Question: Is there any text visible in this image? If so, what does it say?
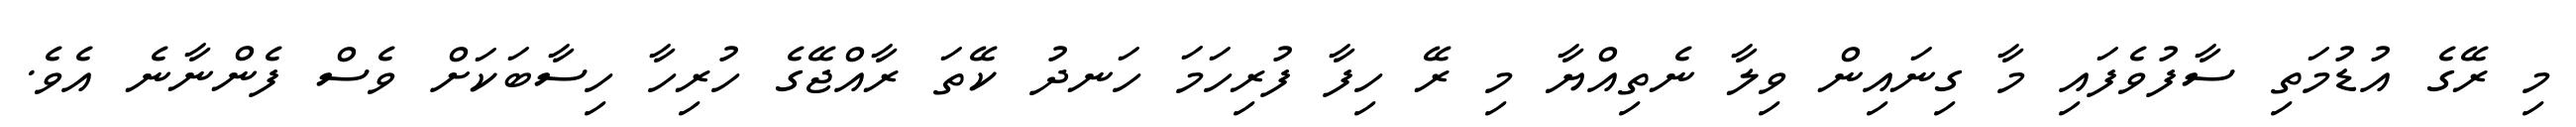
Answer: މި ރޭގެ އުޑުމަތި ސާފުވެފައި މާ ގިނައިން ވިލާ ނެތިއްޔާ މި ރޭ ހިފާ ފުރިހަމަ ހަނދު ކޭތަ ރާއްޖޭގެ ހުރިހާ ހިސާބަކަށް ވެސް ފެންނާނެ އެވެ.